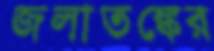
জলাতঙ্কের